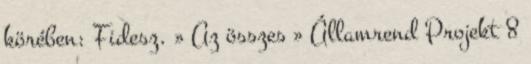
körében: Fidesz. » Az összes » Államrend Projekt 8